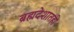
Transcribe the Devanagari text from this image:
ब्रह्मदेशातही